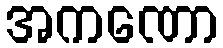
အကဏော